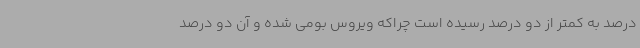
درصد به کمتر از دو درصد رسیده است چراکه ویروس بومی شده و آن دو درصد